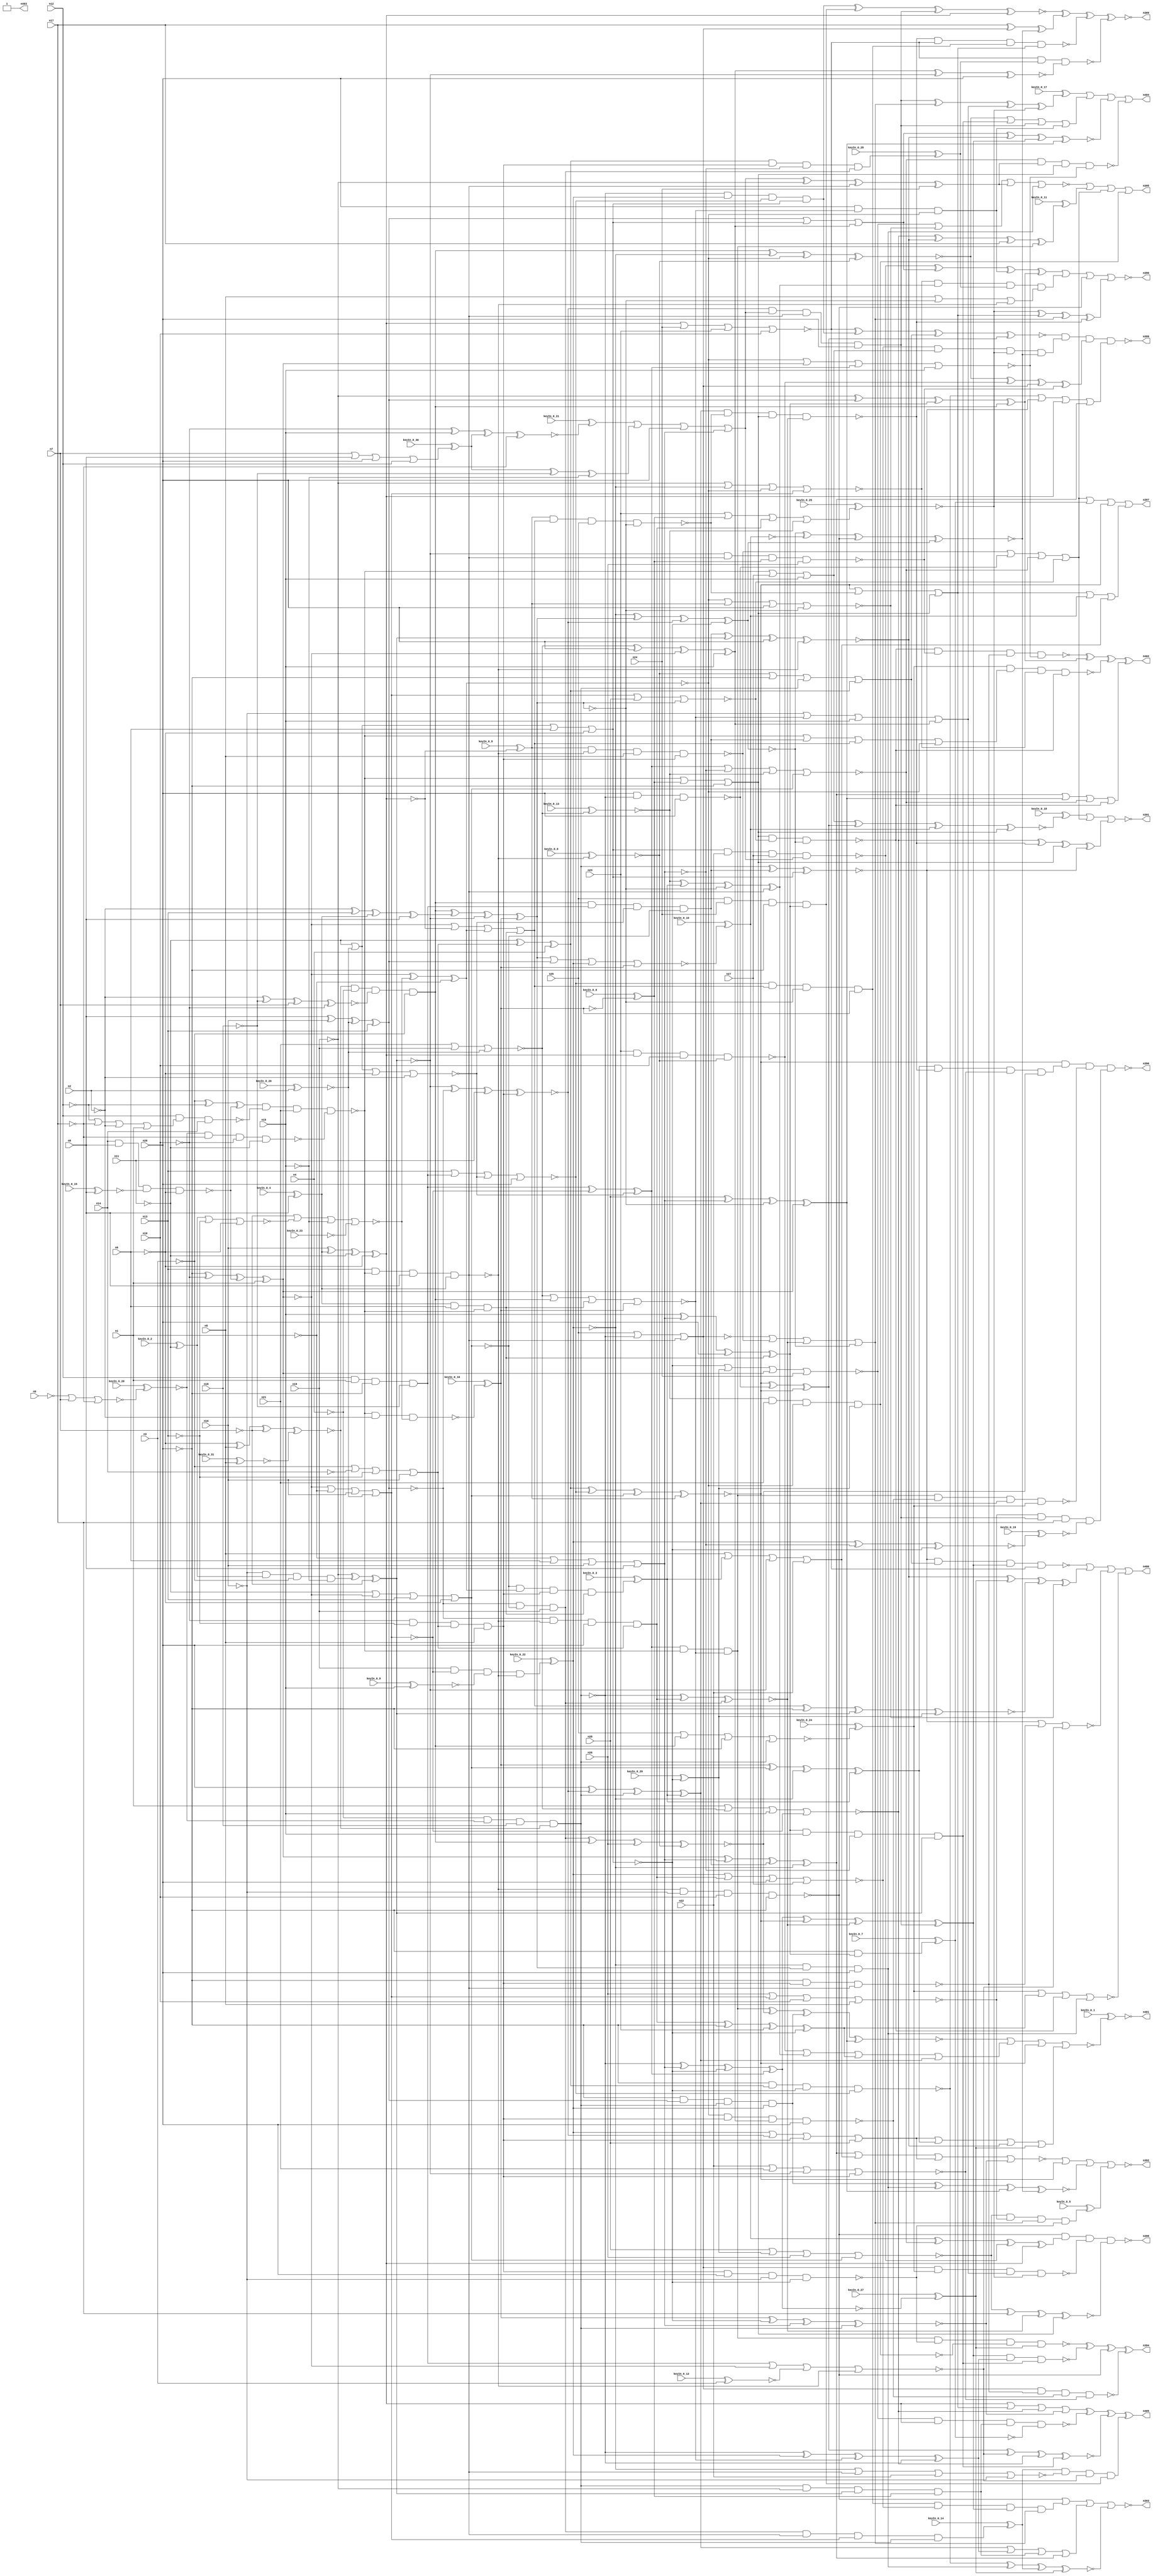


module Stat_377_1329
(
  n1,
  n2,
  n3,
  n4,
  n5,
  n6,
  n7,
  n8,
  n9,
  n10,
  n11,
  n12,
  n13,
  n14,
  n15,
  n16,
  n17,
  n18,
  n19,
  n20,
  n21,
  n22,
  n23,
  n24,
  n25,
  n26,
  n27,
  n28,
  n402,
  n405,
  n395,
  n392,
  n390,
  n397,
  n400,
  n393,
  n403,
  n399,
  n404,
  n401,
  n396,
  n391,
  n389,
  n398,
  n394,
  keyIn_0_0,
  keyIn_0_1,
  keyIn_0_2,
  keyIn_0_3,
  keyIn_0_4,
  keyIn_0_5,
  keyIn_0_6,
  keyIn_0_7,
  keyIn_0_8,
  keyIn_0_9,
  keyIn_0_10,
  keyIn_0_11,
  keyIn_0_12,
  keyIn_0_13,
  keyIn_0_14,
  keyIn_0_15,
  keyIn_0_16,
  keyIn_0_17,
  keyIn_0_18,
  keyIn_0_19,
  keyIn_0_20,
  keyIn_0_21,
  keyIn_0_22,
  keyIn_0_23,
  keyIn_0_24,
  keyIn_0_25,
  keyIn_0_26,
  keyIn_0_27,
  keyIn_0_28,
  keyIn_0_29,
  keyIn_0_30,
  keyIn_0_31
);

  input n1;
  input n2;
  input n3;
  input n4;
  input n5;
  input n6;
  input n7;
  input n8;
  input n9;
  input n10;
  input n11;
  input n12;
  input n13;
  input n14;
  input n15;
  input n16;
  input n17;
  input n18;
  input n19;
  input n20;
  input n21;
  input n22;
  input n23;
  input n24;
  input n25;
  input n26;
  input n27;
  input n28;
  input keyIn_0_0;
  input keyIn_0_1;
  input keyIn_0_2;
  input keyIn_0_3;
  input keyIn_0_4;
  input keyIn_0_5;
  input keyIn_0_6;
  input keyIn_0_7;
  input keyIn_0_8;
  input keyIn_0_9;
  input keyIn_0_10;
  input keyIn_0_11;
  input keyIn_0_12;
  input keyIn_0_13;
  input keyIn_0_14;
  input keyIn_0_15;
  input keyIn_0_16;
  input keyIn_0_17;
  input keyIn_0_18;
  input keyIn_0_19;
  input keyIn_0_20;
  input keyIn_0_21;
  input keyIn_0_22;
  input keyIn_0_23;
  input keyIn_0_24;
  input keyIn_0_25;
  input keyIn_0_26;
  input keyIn_0_27;
  input keyIn_0_28;
  input keyIn_0_29;
  input keyIn_0_30;
  input keyIn_0_31;
  output n402;
  output n405;
  output n395;
  output n392;
  output n390;
  output n397;
  output n400;
  output n393;
  output n403;
  output n399;
  output n404;
  output n401;
  output n396;
  output n391;
  output n389;
  output n398;
  output n394;
  wire n29;
  wire n30;
  wire n31;
  wire n32;
  wire n33;
  wire n34;
  wire n35;
  wire n36;
  wire n37;
  wire n38;
  wire n39;
  wire n40;
  wire n41;
  wire n42;
  wire n43;
  wire n44;
  wire n45;
  wire n46;
  wire n47;
  wire n48;
  wire n49;
  wire n50;
  wire n51;
  wire n52;
  wire n53;
  wire n54;
  wire n55;
  wire n56;
  wire n57;
  wire n58;
  wire n59;
  wire n60;
  wire n61;
  wire n62;
  wire n63;
  wire n64;
  wire n65;
  wire n66;
  wire n67;
  wire n68;
  wire n69;
  wire n70;
  wire n71;
  wire n72;
  wire n73;
  wire n74;
  wire n75;
  wire n76;
  wire n77;
  wire n78;
  wire n79;
  wire n80;
  wire n81;
  wire n82;
  wire n83;
  wire n84;
  wire n85;
  wire n86;
  wire n87;
  wire n88;
  wire n89;
  wire n90;
  wire n91;
  wire n92;
  wire n93;
  wire n94;
  wire n95;
  wire n96;
  wire n97;
  wire n98;
  wire n99;
  wire n100;
  wire n101;
  wire n102;
  wire n103;
  wire n104;
  wire n105;
  wire n106;
  wire n107;
  wire n108;
  wire n109;
  wire n110;
  wire n111;
  wire n112;
  wire n113;
  wire n114;
  wire n115;
  wire n116;
  wire n117;
  wire n118;
  wire n119;
  wire n120;
  wire n121;
  wire n122;
  wire n123;
  wire n124;
  wire n125;
  wire n126;
  wire n127;
  wire n128;
  wire n129;
  wire n130;
  wire n131;
  wire n132;
  wire n133;
  wire n134;
  wire n135;
  wire n136;
  wire n137;
  wire n138;
  wire n139;
  wire n140;
  wire n141;
  wire n142;
  wire n143;
  wire n144;
  wire n145;
  wire n146;
  wire n147;
  wire n148;
  wire n149;
  wire n150;
  wire n151;
  wire n152;
  wire n153;
  wire n154;
  wire n155;
  wire n156;
  wire n157;
  wire n158;
  wire n159;
  wire n160;
  wire n161;
  wire n162;
  wire n163;
  wire n164;
  wire n165;
  wire n166;
  wire n167;
  wire n168;
  wire n169;
  wire n170;
  wire n171;
  wire n172;
  wire n173;
  wire n174;
  wire n175;
  wire n176;
  wire n177;
  wire n178;
  wire n179;
  wire n180;
  wire n181;
  wire n182;
  wire n183;
  wire n184;
  wire n185;
  wire n186;
  wire n187;
  wire n188;
  wire n189;
  wire n190;
  wire n191;
  wire n192;
  wire n193;
  wire n194;
  wire n195;
  wire n196;
  wire n197;
  wire n198;
  wire n199;
  wire n200;
  wire n201;
  wire n202;
  wire n203;
  wire n204;
  wire n205;
  wire n206;
  wire n207;
  wire n208;
  wire n209;
  wire n210;
  wire n211;
  wire n212;
  wire n213;
  wire n214;
  wire n215;
  wire n216;
  wire n217;
  wire n218;
  wire n219;
  wire n220;
  wire n221;
  wire n222;
  wire n223;
  wire n224;
  wire n225;
  wire n226;
  wire n227;
  wire n228;
  wire n229;
  wire n230;
  wire n231;
  wire n232;
  wire n233;
  wire n234;
  wire n235;
  wire n236;
  wire n237;
  wire n238;
  wire n239;
  wire n240;
  wire n241;
  wire n242;
  wire n243;
  wire n244;
  wire n245;
  wire n246;
  wire n247;
  wire n248;
  wire n249;
  wire n250;
  wire n251;
  wire n252;
  wire n253;
  wire n254;
  wire n255;
  wire n256;
  wire n257;
  wire n258;
  wire n259;
  wire n260;
  wire n261;
  wire n262;
  wire n263;
  wire n264;
  wire n265;
  wire n266;
  wire n267;
  wire n268;
  wire n269;
  wire n270;
  wire n271;
  wire n272;
  wire n273;
  wire n274;
  wire n275;
  wire n276;
  wire n277;
  wire n278;
  wire n279;
  wire n280;
  wire n281;
  wire n282;
  wire n283;
  wire n284;
  wire n285;
  wire n286;
  wire n287;
  wire n288;
  wire n289;
  wire n290;
  wire n291;
  wire n292;
  wire n293;
  wire n294;
  wire n295;
  wire n296;
  wire n297;
  wire n298;
  wire n299;
  wire n300;
  wire n301;
  wire n302;
  wire n303;
  wire n304;
  wire n305;
  wire n306;
  wire n307;
  wire n308;
  wire n309;
  wire n310;
  wire n311;
  wire n312;
  wire n313;
  wire n314;
  wire n315;
  wire n316;
  wire n317;
  wire n318;
  wire n319;
  wire n320;
  wire n321;
  wire n322;
  wire n323;
  wire n324;
  wire n325;
  wire n326;
  wire n327;
  wire n328;
  wire n329;
  wire n330;
  wire n331;
  wire n332;
  wire n333;
  wire n334;
  wire n335;
  wire n336;
  wire n337;
  wire n338;
  wire n339;
  wire n340;
  wire n341;
  wire n342;
  wire n343;
  wire n344;
  wire n345;
  wire n346;
  wire n347;
  wire n348;
  wire n349;
  wire n350;
  wire n351;
  wire n352;
  wire n353;
  wire n354;
  wire n355;
  wire n356;
  wire n357;
  wire n358;
  wire n359;
  wire n360;
  wire n361;
  wire n362;
  wire n363;
  wire n364;
  wire n365;
  wire n366;
  wire n367;
  wire n368;
  wire n369;
  wire n370;
  wire n371;
  wire n372;
  wire n373;
  wire n374;
  wire n375;
  wire n376;
  wire n377;
  wire n378;
  wire n379;
  wire n380;
  wire n381;
  wire n382;
  wire n383;
  wire n384;
  wire n385;
  wire n386;
  wire n387;
  wire n388;
  wire KeyWire_0_0;
  wire KeyWire_0_1;
  wire KeyWire_0_2;
  wire KeyWire_0_3;
  wire KeyWire_0_4;
  wire KeyWire_0_5;
  wire KeyWire_0_6;
  wire KeyWire_0_7;
  wire KeyWire_0_8;
  wire KeyWire_0_9;
  wire KeyWire_0_10;
  wire KeyWire_0_11;
  wire KeyWire_0_12;
  wire KeyWire_0_13;
  wire KeyWire_0_14;
  wire KeyWire_0_15;
  wire KeyWire_0_16;
  wire KeyWire_0_17;
  wire KeyWire_0_18;
  wire KeyWire_0_19;
  wire KeyWire_0_20;
  wire KeyWire_0_21;
  wire KeyWire_0_22;
  wire KeyWire_0_23;
  wire KeyWire_0_24;
  wire KeyWire_0_25;
  wire KeyWire_0_26;
  wire KeyWire_0_27;
  wire KeyWire_0_28;
  wire KeyWire_0_29;
  wire KeyWire_0_30;
  wire KeyWire_0_31;

  buf
  g0
  (
    n102,
    n6
  );


  not
  g1
  (
    n88,
    n3
  );


  buf
  g2
  (
    n75,
    n12
  );


  not
  g3
  (
    n92,
    n15
  );


  buf
  g4
  (
    n85,
    n4
  );


  not
  g5
  (
    n47,
    n13
  );


  not
  g6
  (
    n90,
    n20
  );


  buf
  g7
  (
    n56,
    n9
  );


  buf
  g8
  (
    n77,
    n18
  );


  buf
  g9
  (
    n95,
    n8
  );


  buf
  g10
  (
    n65,
    n8
  );


  not
  g11
  (
    n29,
    n15
  );


  buf
  g12
  (
    n33,
    n3
  );


  not
  g13
  (
    n37,
    n12
  );


  buf
  g14
  (
    n101,
    n13
  );


  buf
  g15
  (
    n35,
    n2
  );


  buf
  g16
  (
    n32,
    n1
  );


  not
  g17
  (
    n70,
    n18
  );


  not
  g18
  (
    n103,
    n2
  );


  not
  g19
  (
    n96,
    n6
  );


  buf
  g20
  (
    n66,
    n7
  );


  not
  g21
  (
    n60,
    n17
  );


  buf
  g22
  (
    n43,
    n12
  );


  not
  g23
  (
    n64,
    n6
  );


  buf
  g24
  (
    n30,
    n17
  );


  not
  g25
  (
    n54,
    n2
  );


  not
  g26
  (
    n41,
    n13
  );


  buf
  g27
  (
    KeyWire_0_15,
    n8
  );


  not
  g28
  (
    n57,
    n17
  );


  not
  g29
  (
    KeyWire_0_2,
    n11
  );


  not
  g30
  (
    n80,
    n4
  );


  not
  g31
  (
    n104,
    n16
  );


  buf
  g32
  (
    n34,
    n7
  );


  not
  g33
  (
    n46,
    n9
  );


  buf
  g34
  (
    n51,
    n14
  );


  buf
  g35
  (
    n106,
    n10
  );


  not
  g36
  (
    n69,
    n11
  );


  buf
  g37
  (
    n44,
    n19
  );


  not
  g38
  (
    n84,
    n15
  );


  buf
  g39
  (
    n94,
    n19
  );


  buf
  g40
  (
    n72,
    n5
  );


  buf
  g41
  (
    n83,
    n15
  );


  not
  g42
  (
    n53,
    n9
  );


  not
  g43
  (
    n79,
    n17
  );


  buf
  g44
  (
    n38,
    n1
  );


  buf
  g45
  (
    n31,
    n5
  );


  buf
  g46
  (
    n55,
    n20
  );


  not
  g47
  (
    n93,
    n7
  );


  buf
  g48
  (
    n39,
    n11
  );


  buf
  g49
  (
    KeyWire_0_31,
    n5
  );


  not
  g50
  (
    n48,
    n4
  );


  buf
  g51
  (
    KeyWire_0_4,
    n8
  );


  not
  g52
  (
    n86,
    n12
  );


  not
  g53
  (
    n52,
    n10
  );


  not
  g54
  (
    n74,
    n13
  );


  not
  g55
  (
    n100,
    n11
  );


  not
  g56
  (
    n61,
    n14
  );


  not
  g57
  (
    n42,
    n18
  );


  not
  g58
  (
    n68,
    n10
  );


  not
  g59
  (
    n82,
    n6
  );


  not
  g60
  (
    n58,
    n14
  );


  not
  g61
  (
    n97,
    n1
  );


  not
  g62
  (
    n67,
    n18
  );


  buf
  g63
  (
    n49,
    n7
  );


  buf
  g64
  (
    n59,
    n16
  );


  not
  g65
  (
    n63,
    n9
  );


  buf
  g66
  (
    n40,
    n19
  );


  buf
  g67
  (
    KeyWire_0_26,
    n2
  );


  buf
  g68
  (
    n81,
    n14
  );


  not
  g69
  (
    n78,
    n10
  );


  buf
  g70
  (
    n87,
    n1
  );


  not
  g71
  (
    n76,
    n16
  );


  not
  g72
  (
    n71,
    n4
  );


  not
  g73
  (
    n36,
    n3
  );


  not
  g74
  (
    n73,
    n3
  );


  buf
  g75
  (
    n45,
    n5
  );


  not
  g76
  (
    n105,
    n19
  );


  buf
  g77
  (
    n98,
    n16
  );


  not
  g78
  (
    n113,
    n37
  );


  buf
  g79
  (
    n117,
    n39
  );


  buf
  g80
  (
    n118,
    n44
  );


  not
  g81
  (
    n110,
    n35
  );


  not
  g82
  (
    n114,
    n43
  );


  buf
  g83
  (
    n116,
    n32
  );


  buf
  g84
  (
    n120,
    n30
  );


  buf
  g85
  (
    KeyWire_0_12,
    n33
  );


  buf
  g86
  (
    n112,
    n36
  );


  buf
  g87
  (
    n121,
    n40
  );


  not
  g88
  (
    n119,
    n31
  );


  buf
  g89
  (
    n111,
    n38
  );


  not
  g90
  (
    KeyWire_0_9,
    n29
  );


  buf
  g91
  (
    n108,
    n45
  );


  not
  g92
  (
    n122,
    n41
  );


  buf
  g93
  (
    n107,
    n42
  );


  not
  g94
  (
    n109,
    n34
  );


  and
  g95
  (
    n124,
    n56,
    n63,
    n58,
    n48
  );


  or
  g96
  (
    n131,
    n112,
    n61,
    n47,
    n59
  );


  nand
  g97
  (
    n127,
    n51,
    n65,
    n62,
    n64
  );


  xnor
  g98
  (
    n130,
    n64,
    n108,
    n109,
    n50
  );


  xnor
  g99
  (
    n126,
    n54,
    n107,
    n49,
    n52
  );


  or
  g100
  (
    KeyWire_0_30,
    n66,
    n65,
    n55,
    n113
  );


  nor
  g101
  (
    KeyWire_0_20,
    n53,
    n46,
    n66,
    n57
  );


  or
  g102
  (
    n129,
    n114,
    n60,
    n110,
    n111
  );


  xnor
  g103
  (
    KeyWire_0_21,
    n68,
    n83,
    n128,
    n79
  );


  nand
  g104
  (
    n137,
    n75,
    n129,
    n81
  );


  xnor
  g105
  (
    n134,
    n90,
    n68,
    n127,
    n87
  );


  nor
  g106
  (
    n139,
    n89,
    n74,
    n82
  );


  and
  g107
  (
    n146,
    n78,
    n74,
    n131,
    n72
  );


  and
  g108
  (
    n135,
    n129,
    n76,
    n124,
    n72
  );


  nand
  g109
  (
    n140,
    n75,
    n87,
    n90,
    n67
  );


  nand
  g110
  (
    KeyWire_0_23,
    n85,
    n80,
    n88
  );


  and
  g111
  (
    n138,
    n76,
    n89,
    n73,
    n84
  );


  nand
  g112
  (
    n136,
    n125,
    n79,
    n78,
    n69
  );


  xor
  g113
  (
    n141,
    n73,
    n86,
    n127
  );


  xor
  g114
  (
    n143,
    n128,
    n70,
    n84
  );


  nand
  g115
  (
    n144,
    n71,
    n125,
    n77,
    n130
  );


  xnor
  g116
  (
    n145,
    n69,
    n124,
    n131,
    n85
  );


  nand
  g117
  (
    n132,
    n77,
    n67,
    n83,
    n126
  );


  and
  g118
  (
    n147,
    n130,
    n71,
    n126,
    n88
  );


  buf
  g119
  (
    n154,
    n20
  );


  buf
  g120
  (
    n150,
    n91
  );


  not
  g121
  (
    n157,
    n140
  );


  buf
  g122
  (
    n156,
    n20
  );


  buf
  g123
  (
    n149,
    n134
  );


  not
  g124
  (
    n153,
    n92
  );


  nor
  g125
  (
    n155,
    n135,
    n21,
    n94,
    n91
  );


  nor
  g126
  (
    n148,
    n93,
    n139,
    n92,
    n133
  );


  xnor
  g127
  (
    n152,
    n94,
    n132,
    n138,
    n93
  );


  nand
  g128
  (
    n151,
    n141,
    n137,
    n21,
    n136
  );


  buf
  g129
  (
    n167,
    n149
  );


  xnor
  g130
  (
    n170,
    n98,
    n99,
    n100,
    n96
  );


  or
  g131
  (
    n160,
    n97,
    n102,
    n98,
    n95
  );


  nand
  g132
  (
    KeyWire_0_16,
    n151,
    n103,
    n148
  );


  xor
  g133
  (
    n161,
    n149,
    n148,
    n97
  );


  nor
  g134
  (
    n159,
    n149,
    n97,
    n98,
    n150
  );


  nor
  g135
  (
    n164,
    n100,
    n150,
    n96,
    n103
  );


  and
  g136
  (
    n168,
    n99,
    n102,
    n151
  );


  nand
  g137
  (
    n169,
    n101,
    n151,
    n95,
    n99
  );


  nor
  g138
  (
    n166,
    n100,
    n149,
    n101,
    n96
  );


  xnor
  g139
  (
    n162,
    n95,
    n98,
    n150,
    n101
  );


  or
  g140
  (
    n163,
    n150,
    n100,
    n102,
    n96
  );


  xor
  g141
  (
    n158,
    n103,
    n101,
    n99,
    n95
  );


  not
  g142
  (
    n215,
    n170
  );


  not
  g143
  (
    n173,
    n156
  );


  buf
  g144
  (
    n174,
    n144
  );


  buf
  g145
  (
    n199,
    n146
  );


  not
  g146
  (
    n209,
    n163
  );


  buf
  g147
  (
    KeyWire_0_13,
    n155
  );


  not
  g148
  (
    n202,
    n162
  );


  not
  g149
  (
    n197,
    n166
  );


  not
  g150
  (
    n210,
    n159
  );


  not
  g151
  (
    n212,
    n119
  );


  buf
  g152
  (
    n213,
    n165
  );


  not
  g153
  (
    n205,
    n163
  );


  buf
  g154
  (
    n189,
    n160
  );


  buf
  g155
  (
    n187,
    n147
  );


  not
  g156
  (
    n176,
    n154
  );


  not
  g157
  (
    n185,
    n152
  );


  not
  g158
  (
    n192,
    n161
  );


  buf
  g159
  (
    n177,
    n163
  );


  not
  g160
  (
    n195,
    n167
  );


  not
  g161
  (
    KeyWire_0_29,
    n163
  );


  buf
  g162
  (
    n188,
    n151
  );


  not
  g163
  (
    n203,
    n161
  );


  buf
  g164
  (
    n219,
    n120
  );


  buf
  g165
  (
    n214,
    n152
  );


  buf
  g166
  (
    n186,
    n146
  );


  buf
  g167
  (
    n183,
    n156
  );


  not
  g168
  (
    n196,
    n160
  );


  not
  g169
  (
    n184,
    n145
  );


  buf
  g170
  (
    n182,
    n153
  );


  buf
  g171
  (
    KeyWire_0_8,
    n170
  );


  buf
  g172
  (
    n171,
    n169
  );


  not
  g173
  (
    KeyWire_0_6,
    n165
  );


  not
  g174
  (
    n216,
    n170
  );


  and
  g175
  (
    n200,
    n162,
    n166,
    n121
  );


  xnor
  g176
  (
    n208,
    n152,
    n162,
    n117,
    n146
  );


  xnor
  g177
  (
    n175,
    n147,
    n158,
    n152,
    n165
  );


  xor
  g178
  (
    n206,
    n155,
    n154,
    n167,
    n153
  );


  nor
  g179
  (
    n201,
    n155,
    n147,
    n168,
    n165
  );


  and
  g180
  (
    KeyWire_0_3,
    n166,
    n161,
    n146,
    n168
  );


  nor
  g181
  (
    n218,
    n116,
    n155,
    n153,
    n159
  );


  and
  g182
  (
    n191,
    n147,
    n157,
    n164,
    n166
  );


  or
  g183
  (
    n204,
    n167,
    n170,
    n161,
    n168
  );


  nor
  g184
  (
    n217,
    n157,
    n167,
    n115,
    n169
  );


  and
  g185
  (
    n207,
    n162,
    n169,
    n156,
    n131
  );


  nor
  g186
  (
    n194,
    n122,
    n157,
    n164,
    n154
  );


  or
  g187
  (
    n181,
    n142,
    n143,
    n154,
    n160
  );


  xor
  g188
  (
    n193,
    n157,
    n159,
    n164
  );


  and
  g189
  (
    KeyWire_0_22,
    n118,
    n159,
    n123,
    n169
  );


  xor
  g190
  (
    n180,
    n153,
    n160,
    n156,
    n168
  );


  not
  g191
  (
    n225,
    n175
  );


  buf
  g192
  (
    n228,
    n172
  );


  buf
  g193
  (
    KeyWire_0_0,
    n171
  );


  not
  g194
  (
    n230,
    n172
  );


  not
  g195
  (
    n227,
    n174
  );


  buf
  g196
  (
    n223,
    n174
  );


  buf
  g197
  (
    n235,
    n172
  );


  not
  g198
  (
    n221,
    n173
  );


  buf
  g199
  (
    n224,
    n173
  );


  not
  g200
  (
    n234,
    n171
  );


  buf
  g201
  (
    n232,
    n175
  );


  buf
  g202
  (
    n233,
    n174
  );


  buf
  g203
  (
    n222,
    n173
  );


  not
  g204
  (
    n231,
    n172
  );


  not
  g205
  (
    n237,
    n171
  );


  not
  g206
  (
    n220,
    n174
  );


  not
  g207
  (
    n226,
    n173
  );


  buf
  g208
  (
    n236,
    n171
  );


  xnor
  g209
  (
    n283,
    n206,
    n214,
    n226
  );


  xnor
  g210
  (
    KeyWire_0_19,
    n231,
    n196,
    n209
  );


  nor
  g211
  (
    n245,
    n25,
    n223,
    n234
  );


  or
  g212
  (
    n291,
    n212,
    n232,
    n236
  );


  and
  g213
  (
    n309,
    n235,
    n225,
    n183
  );


  nor
  g214
  (
    n242,
    n210,
    n28,
    n225
  );


  xnor
  g215
  (
    n300,
    n227,
    n191,
    n177
  );


  xor
  g216
  (
    n238,
    n223,
    n207,
    n200
  );


  and
  g217
  (
    KeyWire_0_7,
    n222,
    n176,
    n180
  );


  and
  g218
  (
    n290,
    n183,
    n201,
    n203
  );


  or
  g219
  (
    n241,
    n188,
    n190,
    n224
  );


  and
  g220
  (
    n307,
    n193,
    n188,
    n201
  );


  or
  g221
  (
    n284,
    n202,
    n177,
    n206
  );


  nand
  g222
  (
    n302,
    n224,
    n186,
    n237
  );


  nand
  g223
  (
    n270,
    n222,
    n184,
    n205,
    n194
  );


  or
  g224
  (
    n294,
    n229,
    n224,
    n220,
    n184
  );


  xor
  g225
  (
    n240,
    n184,
    n194,
    n197,
    n198
  );


  nor
  g226
  (
    n275,
    n231,
    n207,
    n183,
    n27
  );


  and
  g227
  (
    KeyWire_0_28,
    n184,
    n186,
    n196,
    n200
  );


  xnor
  g228
  (
    n239,
    n228,
    n225,
    n208,
    n209
  );


  nand
  g229
  (
    n263,
    n199,
    n221,
    n104,
    n209
  );


  nor
  g230
  (
    n258,
    n22,
    n21,
    n214,
    n199
  );


  xor
  g231
  (
    n260,
    n211,
    n178,
    n175,
    n234
  );


  or
  g232
  (
    n286,
    n188,
    n191,
    n204,
    n203
  );


  nor
  g233
  (
    n255,
    n203,
    n195,
    n193,
    n182
  );


  xor
  g234
  (
    n277,
    n181,
    n105,
    n234,
    n24
  );


  xor
  g235
  (
    n282,
    n105,
    n202,
    n180,
    n187
  );


  nand
  g236
  (
    n293,
    n211,
    n21,
    n192,
    n179
  );


  xor
  g237
  (
    n268,
    n213,
    n197,
    n235,
    n178
  );


  nor
  g238
  (
    n256,
    n209,
    n179,
    n195,
    n24
  );


  nand
  g239
  (
    n251,
    n198,
    n236,
    n212,
    n186
  );


  xor
  g240
  (
    n295,
    n207,
    n224,
    n23,
    n205
  );


  xor
  g241
  (
    n303,
    n28,
    n189,
    n232,
    n195
  );


  or
  g242
  (
    n274,
    n231,
    n208,
    n199,
    n28
  );


  xor
  g243
  (
    n244,
    n226,
    n208,
    n220,
    n178
  );


  nor
  g244
  (
    n281,
    n28,
    n179,
    n26,
    n197
  );


  xnor
  g245
  (
    n287,
    n213,
    n205,
    n189,
    n227
  );


  xor
  g246
  (
    n247,
    n223,
    n189,
    n205,
    n193
  );


  and
  g247
  (
    n269,
    n25,
    n24,
    n176,
    n180
  );


  nand
  g248
  (
    n253,
    n177,
    n22,
    n27,
    n181
  );


  nand
  g249
  (
    n248,
    n236,
    n104,
    n106,
    n176
  );


  nand
  g250
  (
    n257,
    n23,
    n215,
    n106,
    n229
  );


  nand
  g251
  (
    n265,
    n214,
    n237,
    n190,
    n26
  );


  and
  g252
  (
    n304,
    n233,
    n230,
    n194,
    n177
  );


  and
  g253
  (
    n261,
    n222,
    n202,
    n227,
    n231
  );


  and
  g254
  (
    n301,
    n180,
    n182,
    n196,
    n185
  );


  or
  g255
  (
    n264,
    n212,
    n178,
    n214,
    n22
  );


  nand
  g256
  (
    n250,
    n226,
    n233,
    n221
  );


  xnor
  g257
  (
    n273,
    n187,
    n228,
    n192,
    n229
  );


  xor
  g258
  (
    n298,
    n195,
    n189,
    n191,
    n235
  );


  nor
  g259
  (
    n267,
    n105,
    n228,
    n192,
    n210
  );


  nor
  g260
  (
    n297,
    n215,
    n24,
    n23,
    n106
  );


  and
  g261
  (
    n285,
    n194,
    n204,
    n232,
    n213
  );


  nand
  g262
  (
    n254,
    n192,
    n186,
    n206,
    n183
  );


  and
  g263
  (
    n246,
    n208,
    n181,
    n237,
    n221
  );


  and
  g264
  (
    KeyWire_0_14,
    n200,
    n237,
    n210,
    n220
  );


  nor
  g265
  (
    n279,
    n26,
    n210,
    n106,
    n212
  );


  xnor
  g266
  (
    n299,
    n200,
    n187,
    n26,
    n229
  );


  or
  g267
  (
    KeyWire_0_25,
    n23,
    n190,
    n207,
    n211
  );


  nor
  g268
  (
    n243,
    n193,
    n196,
    n211,
    n197
  );


  nand
  g269
  (
    n292,
    n228,
    n230,
    n181,
    n199
  );


  or
  g270
  (
    n276,
    n188,
    n27,
    n182
  );


  nor
  g271
  (
    n272,
    n203,
    n198,
    n226,
    n175
  );


  or
  g272
  (
    n288,
    n104,
    n201,
    n182,
    n206
  );


  xnor
  g273
  (
    n308,
    n191,
    n185,
    n221,
    n236
  );


  and
  g274
  (
    n262,
    n227,
    n105,
    n185,
    n190
  );


  xor
  g275
  (
    n259,
    n223,
    n230,
    n201,
    n233
  );


  nor
  g276
  (
    KeyWire_0_24,
    n25,
    n187,
    n222,
    n220
  );


  xnor
  g277
  (
    n296,
    n204,
    n176,
    n185,
    n179
  );


  nor
  g278
  (
    KeyWire_0_10,
    n225,
    n202,
    n230,
    n213
  );


  nand
  g279
  (
    n252,
    n198,
    n204,
    n25,
    n232
  );


  nor
  g280
  (
    n266,
    n235,
    n234,
    n22,
    n104
  );


  buf
  g281
  (
    n312,
    n239
  );


  not
  g282
  (
    n315,
    n238
  );


  buf
  g283
  (
    n313,
    n241
  );


  not
  g284
  (
    n311,
    n240
  );


  not
  g285
  (
    n314,
    n240
  );


  not
  g286
  (
    n310,
    n239
  );


  buf
  g287
  (
    n330,
    n248
  );


  buf
  g288
  (
    n331,
    n314
  );


  not
  g289
  (
    n325,
    n249
  );


  not
  g290
  (
    n321,
    n245
  );


  buf
  g291
  (
    n322,
    n243
  );


  buf
  g292
  (
    n316,
    n241
  );


  not
  g293
  (
    KeyWire_0_27,
    n247
  );


  buf
  g294
  (
    n328,
    n246
  );


  buf
  g295
  (
    n323,
    n244
  );


  xor
  g296
  (
    n326,
    n311,
    n250,
    n314
  );


  or
  g297
  (
    n329,
    n245,
    n251,
    n315,
    n312
  );


  nand
  g298
  (
    n327,
    n313,
    n242,
    n312
  );


  xor
  g299
  (
    n320,
    n247,
    n314,
    n315,
    n246
  );


  nand
  g300
  (
    n318,
    n244,
    n252,
    n313,
    n315
  );


  or
  g301
  (
    n332,
    n251,
    n250,
    n243,
    n242
  );


  or
  g302
  (
    n319,
    n314,
    n252,
    n313
  );


  xnor
  g303
  (
    n324,
    n312,
    n249,
    n248,
    n310
  );


  buf
  g304
  (
    n358,
    n282
  );


  not
  g305
  (
    n383,
    n293
  );


  not
  g306
  (
    n372,
    n289
  );


  nand
  g307
  (
    n385,
    n320,
    n259,
    n301,
    n292
  );


  xor
  g308
  (
    n360,
    n253,
    n284,
    n290,
    n282
  );


  or
  g309
  (
    n371,
    n257,
    n260,
    n295,
    n323
  );


  xnor
  g310
  (
    n357,
    n307,
    n299,
    n261,
    n303
  );


  xor
  g311
  (
    n381,
    n273,
    n257,
    n321,
    n265
  );


  nor
  g312
  (
    n380,
    n306,
    n295,
    n327,
    n309
  );


  nand
  g313
  (
    n343,
    n297,
    n280,
    n283
  );


  xnor
  g314
  (
    n349,
    n284,
    n308,
    n320,
    n303
  );


  nor
  g315
  (
    n373,
    n256,
    n272,
    n277,
    n309
  );


  and
  g316
  (
    n366,
    n266,
    n216,
    n323,
    n299
  );


  nor
  g317
  (
    n353,
    n300,
    n302,
    n217
  );


  nand
  g318
  (
    n375,
    n321,
    n306,
    n288,
    n305
  );


  xor
  g319
  (
    n374,
    n218,
    n318,
    n316,
    n300
  );


  xor
  g320
  (
    KeyWire_0_11,
    n218,
    n308,
    n219,
    n307
  );


  xnor
  g321
  (
    n370,
    n304,
    n269,
    n328,
    n216
  );


  or
  g322
  (
    n336,
    n323,
    n259,
    n262,
    n298
  );


  xor
  g323
  (
    n369,
    n305,
    n319,
    n329,
    n318
  );


  or
  g324
  (
    n362,
    n215,
    n319,
    n218,
    n287
  );


  xnor
  g325
  (
    n363,
    n291,
    n326,
    n278,
    n286
  );


  nand
  g326
  (
    n348,
    n306,
    n286,
    n267,
    n327
  );


  or
  g327
  (
    n342,
    n319,
    n325,
    n264
  );


  and
  g328
  (
    n350,
    n268,
    n318,
    n258,
    n299
  );


  and
  g329
  (
    n345,
    n279,
    n328,
    n219,
    n278
  );


  xnor
  g330
  (
    KeyWire_0_18,
    n276,
    n326,
    n325,
    n316
  );


  or
  g331
  (
    n347,
    n270,
    n300,
    n216,
    n298
  );


  nand
  g332
  (
    n387,
    n256,
    n215,
    n262,
    n289
  );


  xnor
  g333
  (
    n355,
    n261,
    n309,
    n303,
    n324
  );


  nand
  g334
  (
    n367,
    n321,
    n302,
    n254,
    n258
  );


  nor
  g335
  (
    n378,
    n301,
    n292,
    n304
  );


  or
  g336
  (
    n338,
    n273,
    n301,
    n328,
    n290
  );


  nand
  g337
  (
    n354,
    n307,
    n263,
    n293,
    n317
  );


  nand
  g338
  (
    n368,
    n327,
    n265,
    n302,
    n255
  );


  xor
  g339
  (
    n341,
    n219,
    n321,
    n324
  );


  and
  g340
  (
    n346,
    n285,
    n275,
    n320,
    n329
  );


  nand
  g341
  (
    n340,
    n322,
    n277,
    n316,
    n255
  );


  xor
  g342
  (
    n344,
    n325,
    n322,
    n253,
    n216
  );


  nor
  g343
  (
    n359,
    n298,
    n264,
    n274,
    n287
  );


  or
  g344
  (
    n333,
    n298,
    n303,
    n322,
    n327
  );


  and
  g345
  (
    n351,
    n296,
    n302,
    n299,
    n322
  );


  and
  g346
  (
    n379,
    n275,
    n276,
    n305,
    n324
  );


  xnor
  g347
  (
    n364,
    n297,
    n304,
    n294,
    n326
  );


  nand
  g348
  (
    n377,
    n300,
    n294,
    n320,
    n297
  );


  xor
  g349
  (
    n384,
    n308,
    n317,
    n296,
    n272
  );


  and
  g350
  (
    n388,
    n271,
    n266,
    n217,
    n269
  );


  nand
  g351
  (
    n386,
    n318,
    n297,
    n285,
    n319
  );


  xor
  g352
  (
    KeyWire_0_17,
    n328,
    n329,
    n288,
    n305
  );


  or
  g353
  (
    n365,
    n274,
    n268,
    n308,
    n317
  );


  and
  g354
  (
    KeyWire_0_5,
    n281,
    n279,
    n329,
    n263
  );


  xnor
  g355
  (
    n382,
    n326,
    n217,
    n218,
    n301
  );


  nand
  g356
  (
    n335,
    n307,
    n254,
    n323,
    n306
  );


  and
  g357
  (
    n356,
    n267,
    n260,
    n280,
    n291
  );


  xnor
  g358
  (
    n352,
    n281,
    n219,
    n315,
    n316
  );


  xnor
  g359
  (
    n376,
    n270,
    n309,
    n271,
    n317
  );


  nor
  g360
  (
    n393,
    n330,
    n346,
    n336,
    n376
  );


  or
  g361
  (
    n395,
    n373,
    n361,
    n332,
    n383
  );


  xor
  g362
  (
    n402,
    n368,
    n358,
    n348,
    n333
  );


  nor
  g363
  (
    KeyWire_0_1,
    n357,
    n371,
    n331,
    n365
  );


  xor
  g364
  (
    n405,
    n362,
    n387,
    n382,
    n388
  );


  nor
  g365
  (
    n391,
    n334,
    n332,
    n374
  );


  nand
  g366
  (
    n398,
    n330,
    n344,
    n375,
    n352
  );


  xnor
  g367
  (
    n389,
    n370,
    n341,
    n386,
    n343
  );


  or
  g368
  (
    n397,
    n332,
    n372,
    n331,
    n342
  );


  nor
  g369
  (
    n392,
    n359,
    n331,
    n355,
    n337
  );


  or
  g370
  (
    n400,
    n377,
    n384,
    n353,
    n380
  );


  nand
  g371
  (
    n396,
    n331,
    n350,
    n335,
    n345
  );


  nor
  g372
  (
    n390,
    n360,
    n356,
    n330,
    n369
  );


  nand
  g373
  (
    n399,
    n364,
    n379,
    n381,
    n347
  );


  nand
  g374
  (
    n403,
    n378,
    n363,
    n366,
    n351
  );


  xor
  g375
  (
    n394,
    n354,
    n385,
    n330,
    n367
  );


  or
  g376
  (
    n404,
    n339,
    n338,
    n349,
    n340
  );


  xnor
  KeyGate_0_0
  (
    n229,
    keyIn_0_0,
    KeyWire_0_0
  );


  xnor
  KeyGate_0_1
  (
    n401,
    keyIn_0_1,
    KeyWire_0_1
  );


  xor
  KeyGate_0_2
  (
    n89,
    keyIn_0_2,
    KeyWire_0_2
  );


  xor
  KeyGate_0_3
  (
    n178,
    keyIn_0_3,
    KeyWire_0_3
  );


  xor
  KeyGate_0_4
  (
    n99,
    keyIn_0_4,
    KeyWire_0_4
  );


  xor
  KeyGate_0_5
  (
    n337,
    keyIn_0_5,
    KeyWire_0_5
  );


  xor
  KeyGate_0_6
  (
    n190,
    keyIn_0_6,
    KeyWire_0_6
  );


  xnor
  KeyGate_0_7
  (
    n289,
    keyIn_0_7,
    KeyWire_0_7
  );


  xor
  KeyGate_0_8
  (
    n198,
    keyIn_0_8,
    KeyWire_0_8
  );


  xnor
  KeyGate_0_9
  (
    n123,
    keyIn_0_9,
    KeyWire_0_9
  );


  xnor
  KeyGate_0_10
  (
    n249,
    keyIn_0_10,
    KeyWire_0_10
  );


  xor
  KeyGate_0_11
  (
    n361,
    keyIn_0_11,
    KeyWire_0_11
  );


  xnor
  KeyGate_0_12
  (
    n115,
    keyIn_0_12,
    KeyWire_0_12
  );


  xnor
  KeyGate_0_13
  (
    n211,
    keyIn_0_13,
    KeyWire_0_13
  );


  xor
  KeyGate_0_14
  (
    n271,
    keyIn_0_14,
    KeyWire_0_14
  );


  xnor
  KeyGate_0_15
  (
    n62,
    keyIn_0_15,
    KeyWire_0_15
  );


  xor
  KeyGate_0_16
  (
    n165,
    keyIn_0_16,
    KeyWire_0_16
  );


  xor
  KeyGate_0_17
  (
    n339,
    keyIn_0_17,
    KeyWire_0_17
  );


  xor
  KeyGate_0_18
  (
    n334,
    keyIn_0_18,
    KeyWire_0_18
  );


  xnor
  KeyGate_0_19
  (
    n278,
    keyIn_0_19,
    KeyWire_0_19
  );


  xnor
  KeyGate_0_20
  (
    n125,
    keyIn_0_20,
    KeyWire_0_20
  );


  xor
  KeyGate_0_21
  (
    n142,
    keyIn_0_21,
    KeyWire_0_21
  );


  xnor
  KeyGate_0_22
  (
    n172,
    keyIn_0_22,
    KeyWire_0_22
  );


  xor
  KeyGate_0_23
  (
    n133,
    keyIn_0_23,
    KeyWire_0_23
  );


  xor
  KeyGate_0_24
  (
    n306,
    keyIn_0_24,
    KeyWire_0_24
  );


  xnor
  KeyGate_0_25
  (
    n305,
    keyIn_0_25,
    KeyWire_0_25
  );


  xnor
  KeyGate_0_26
  (
    n91,
    keyIn_0_26,
    KeyWire_0_26
  );


  xor
  KeyGate_0_27
  (
    n317,
    keyIn_0_27,
    KeyWire_0_27
  );


  xor
  KeyGate_0_28
  (
    n280,
    keyIn_0_28,
    KeyWire_0_28
  );


  xor
  KeyGate_0_29
  (
    n179,
    keyIn_0_29,
    KeyWire_0_29
  );


  xor
  KeyGate_0_30
  (
    n128,
    keyIn_0_30,
    KeyWire_0_30
  );


  xnor
  KeyGate_0_31
  (
    n50,
    keyIn_0_31,
    KeyWire_0_31
  );


endmodule